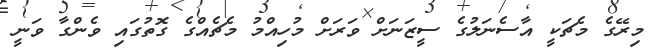
މިރޭގެ މެޗަކީ އާސެނަލުގެ ސީޒަނަށް ވަރަށް މުހިއްމު މެޗެއްގެ ގޮތުގައި ވެންގާ ވަނީ